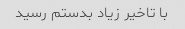
با تاخیر زیاد بدستم رسید